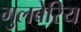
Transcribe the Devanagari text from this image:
गुलबेरिय